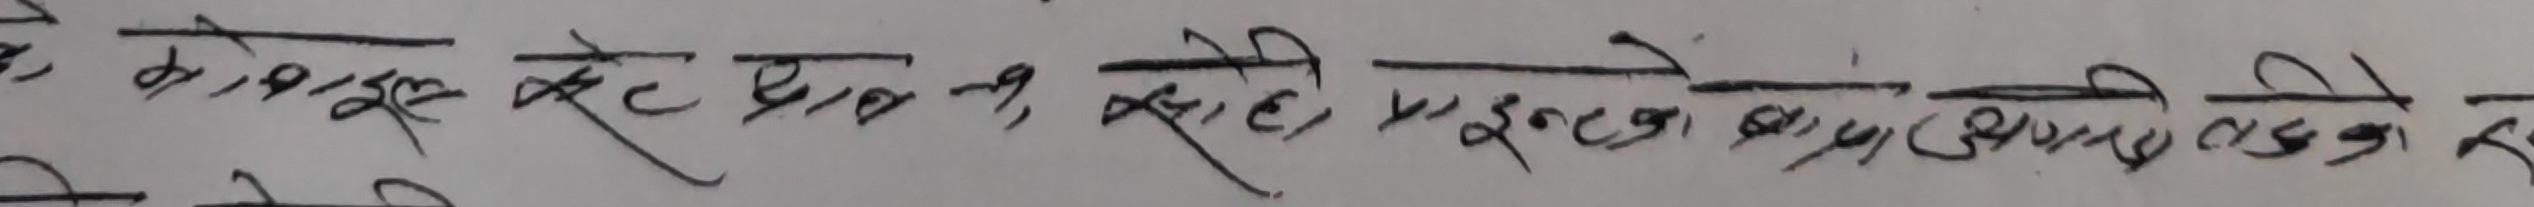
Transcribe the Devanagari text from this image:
के कोशिश सेट धान्न, रही त्यसले पछिको बाधा छेउछाउमा त्यो